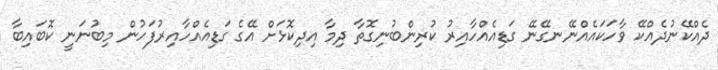
ދެއްކޭނުދެއްކޭ ވާހަކައެއްނޭނގޭނޭ ގަޑިއެއްހާއިރު ކުރިންބުނިގޮތާ ދިމާ އިދިކޮޅަށް އޭގެ ގަޑިއެއްހާއިރުފަހުން މިބުނަނީ ކޮބައިބާ